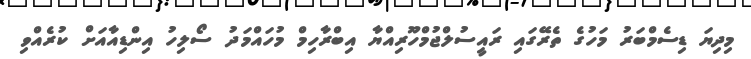
މިދިޔަ ޑިސެމްބަރު މަހުގެ ތެރޭގައި ރައީސުލްޖުމްހޫރިއްޔާ އިބްރާހިމް މުހައްމަދު ސޯލިހު އިންޑިއާއަށް ކުރެއްވި